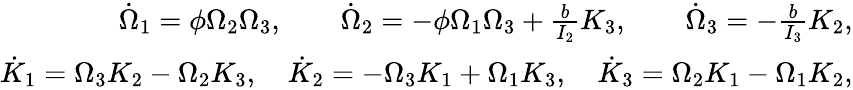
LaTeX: \begin{array}{r}{\dot{\Omega}_{1}=\phi\Omega_{2}\Omega_{3},\qquad\dot{\Omega}_{2}=-\phi\Omega_{1}\Omega_{3}+\frac{b}{I_{2}}K_{3},\qquad\dot{\Omega}_{3}=-\frac{b}{I_{3}}K_{2},}\\ {\dot{K}_{1}=\Omega_{3}K_{2}-\Omega_{2}K_{3},\quad\dot{K}_{2}=-\Omega_{3}K_{1}+\Omega_{1}K_{3},\quad\dot{K}_{3}=\Omega_{2}K_{1}-\Omega_{1}K_{2},}\end{array}